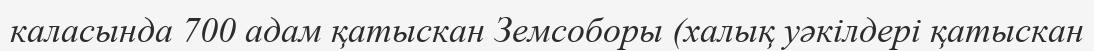
каласында 700 адам қатыскан Земсоборы (халық уәкілдері қатыскан